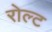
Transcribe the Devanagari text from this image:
रोल्ट